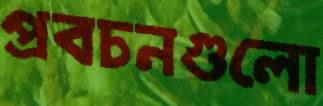
প্রবচনগুলো